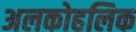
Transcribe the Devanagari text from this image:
अलकोहलिक